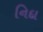
નિદા